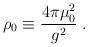
LaTeX: \begin{align*}\rho_0 \equiv {{4\pi \mu_0^2}\over{g^2}}\;.\end{align*}